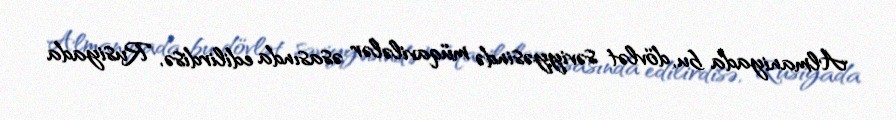
Almaniyada bu, dövlət səviyyəsində müqavilələr əsasında edilirdisə, Rusiyada